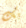
بك